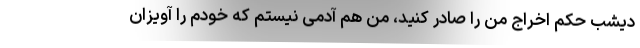
دیشب حکم اخراج من را صادر کنید، من هم آدمی نیستم که خودم را آویزان